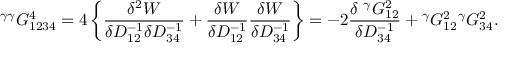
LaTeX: { } ^ { \gamma \gamma } G _ { 1 2 3 4 } ^ { 4 } = 4 \left\{ \frac { \delta ^ { 2 } W } { \delta D _ { 1 2 } ^ { - 1 } \delta D _ { 3 4 } ^ { - 1 } } + \frac { \delta W } { \delta D _ { 1 2 } ^ { - 1 } } \frac { \delta W } { \delta D _ { 3 4 } ^ { - 1 } } \right\} = - 2 \frac { \delta \; { } ^ { \gamma } G _ { 1 2 } ^ { 2 } } { \delta D _ { 3 4 } ^ { - 1 } } + { } ^ { \gamma } G _ { 1 2 } ^ { 2 } { } ^ { \gamma } G _ { 3 4 } ^ { 2 } .